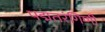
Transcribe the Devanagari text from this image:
पद्मतरंगिणी